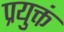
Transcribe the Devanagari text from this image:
प्रयुक्तं